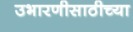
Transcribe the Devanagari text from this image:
उभारणीसाठीच्या